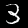
Label: 3